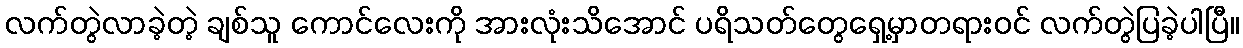
လက်တွဲလာခဲ့တဲ့ ချစ်သူ ကောင်လေးကို အားလုံးသိအောင် ပရိသတ်တွေရှေ့မှာတရားဝင် လက်တွဲပြခဲ့ပါပြီ။